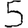
Digit: 5